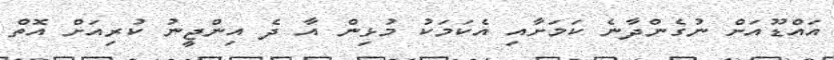
އައްޑޫއަށް ނުގެންދާނެ ކަމަށާއި އެކަމަކު މުޅިން އާ ދެ އިންޖީނު ކުރިއަށް އޮތް